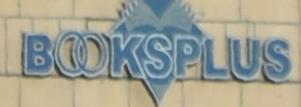
booksplus